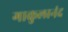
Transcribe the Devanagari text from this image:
गाकुलानंद